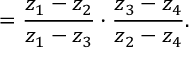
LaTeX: \l = { \frac { z _ { 1 } - z _ { 2 } } { z _ { 1 } - z _ { 3 } } } \cdot { \frac { z _ { 3 } - z _ { 4 } } { z _ { 2 } - z _ { 4 } } } .